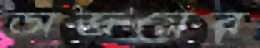
অভয়ের